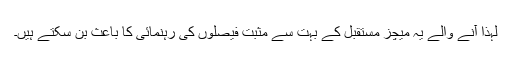
لہذا آنے والے یہ میچز مستقبل کے بہت سے مثبت فیصلوں کی رہنمائی کا باعث بن سکتے ہیں۔